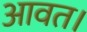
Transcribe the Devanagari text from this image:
आवत।